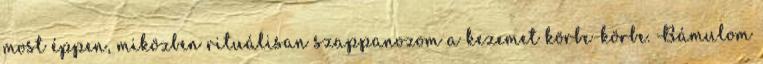
most éppen, miközben rituálisan szappanozom a kezemet körbe-körbe. Bámulom